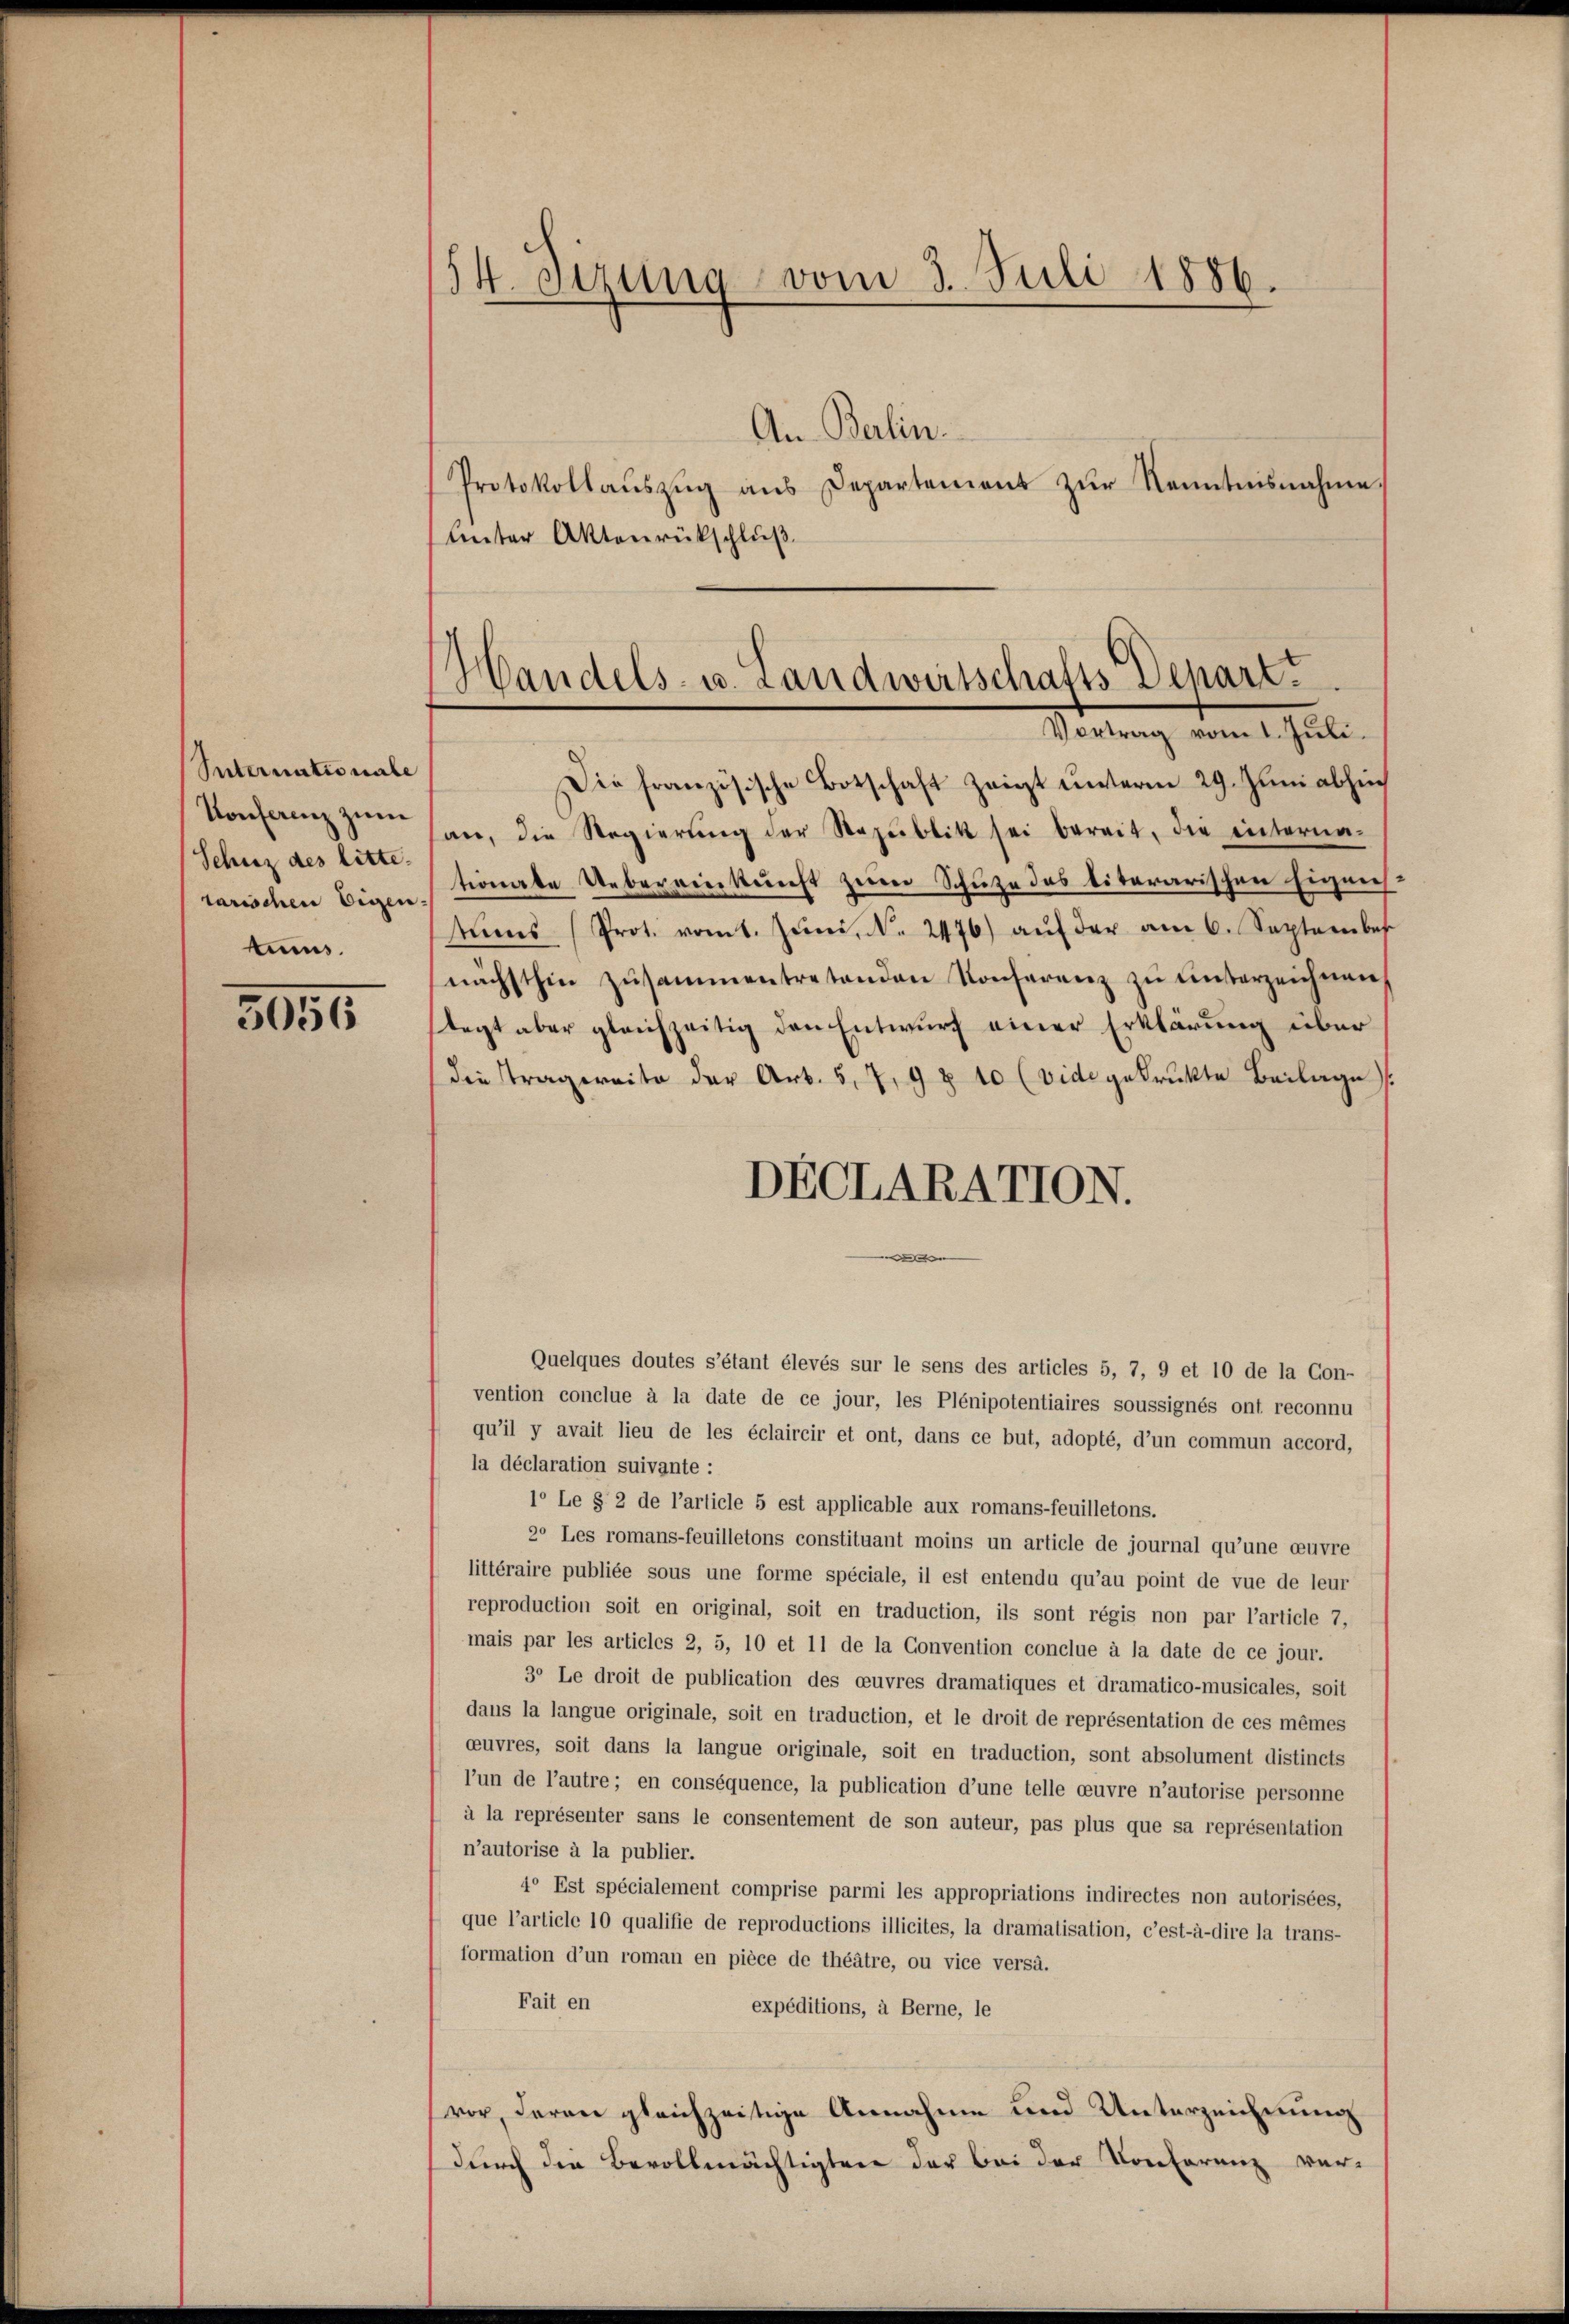
Suternationale
Konferenz zum
Schnz des litte
rarischen Eigen.
tums.

3056

54. Setzung vom 3. Juli 1886.

Protokollaŭszŭg ans Departement zŭr Kenntnisnahme,
Unter Aktenrückschluß

Handels- u. Landwirtschafts Departe
Vortrag vom 1. Juli.

Die französische Botschaft zeigt unterm 29. Juni abhin
an, die Regierŭng der Republik sei bereit, die interna-
tionale Uebereinkunft zum Schute das literarischen Eigenstums (Prot. vom 1. Juni, N. 2476) auf der am 6. September
nächsthin zusammentretenden Konferenz zu unterzeichnen,
tagt aber gleichzeitig den Entwurf einer Erklärung über
die Tragereite der Art. 5, 7, 9 & 10 (vide gedruckte Beilage.
DECLARATION.
Quelques doutes s’étant élevés sur le sens des articles 5, 7, 9 et 10 de la Con-
vention conclue à la date de ce jour, les Plénipotentiaires soussignés ont reconnu
qu’il y avait lieu de les éclaircir et ont, dans ce but, adopté, d’un commun accord,
la déclaration suivante :
1° Le § 2 de l’article 5 est applicable aux romans-feuilletons.
2° Les romans-feuilletons constituant moins un article de journal qu’une ouvre
littéraire publiée sous une forme spéciale, il est entendu qu’au point de vue de leur
reproduction soit en original, soit en traduction, ils sont régis non par l’article 7,
mais par les articles 2, 5, 10 et 11 de la Convention conclue à la date de ce jour.
30 Le droit de publication des ceuvres dramatiques et dramatico-musicales, soit
dans la langue originale, soit en traduction, et le droit de représentation de ces mêmes
ceuvres, soit dans la langue originale, soit en traduction, sont absolument distincts
l’un de l’autre; en conséquence, la publication d’une telle oeuvre n’autorise personne
à la représenter sans le consentement de son auteur, pas plus que sa représentation
n’autorise à la publier.
40 Est spécialement comprise parmi les appropriations indirectes non autorisées,
que l’article 10 qualifie de reproductions illicites, la dramalisation, c’est-à-dire la trans-
formation d’un roman en pièce de théätre, ou vice versa.
Fait en
expéditions, à Berne, le
vor, daran gleichzeitige Annahme und Unterzeichnung
durch die Bevollmächtigten der bei der Konferenz ver¬

An Berlin.